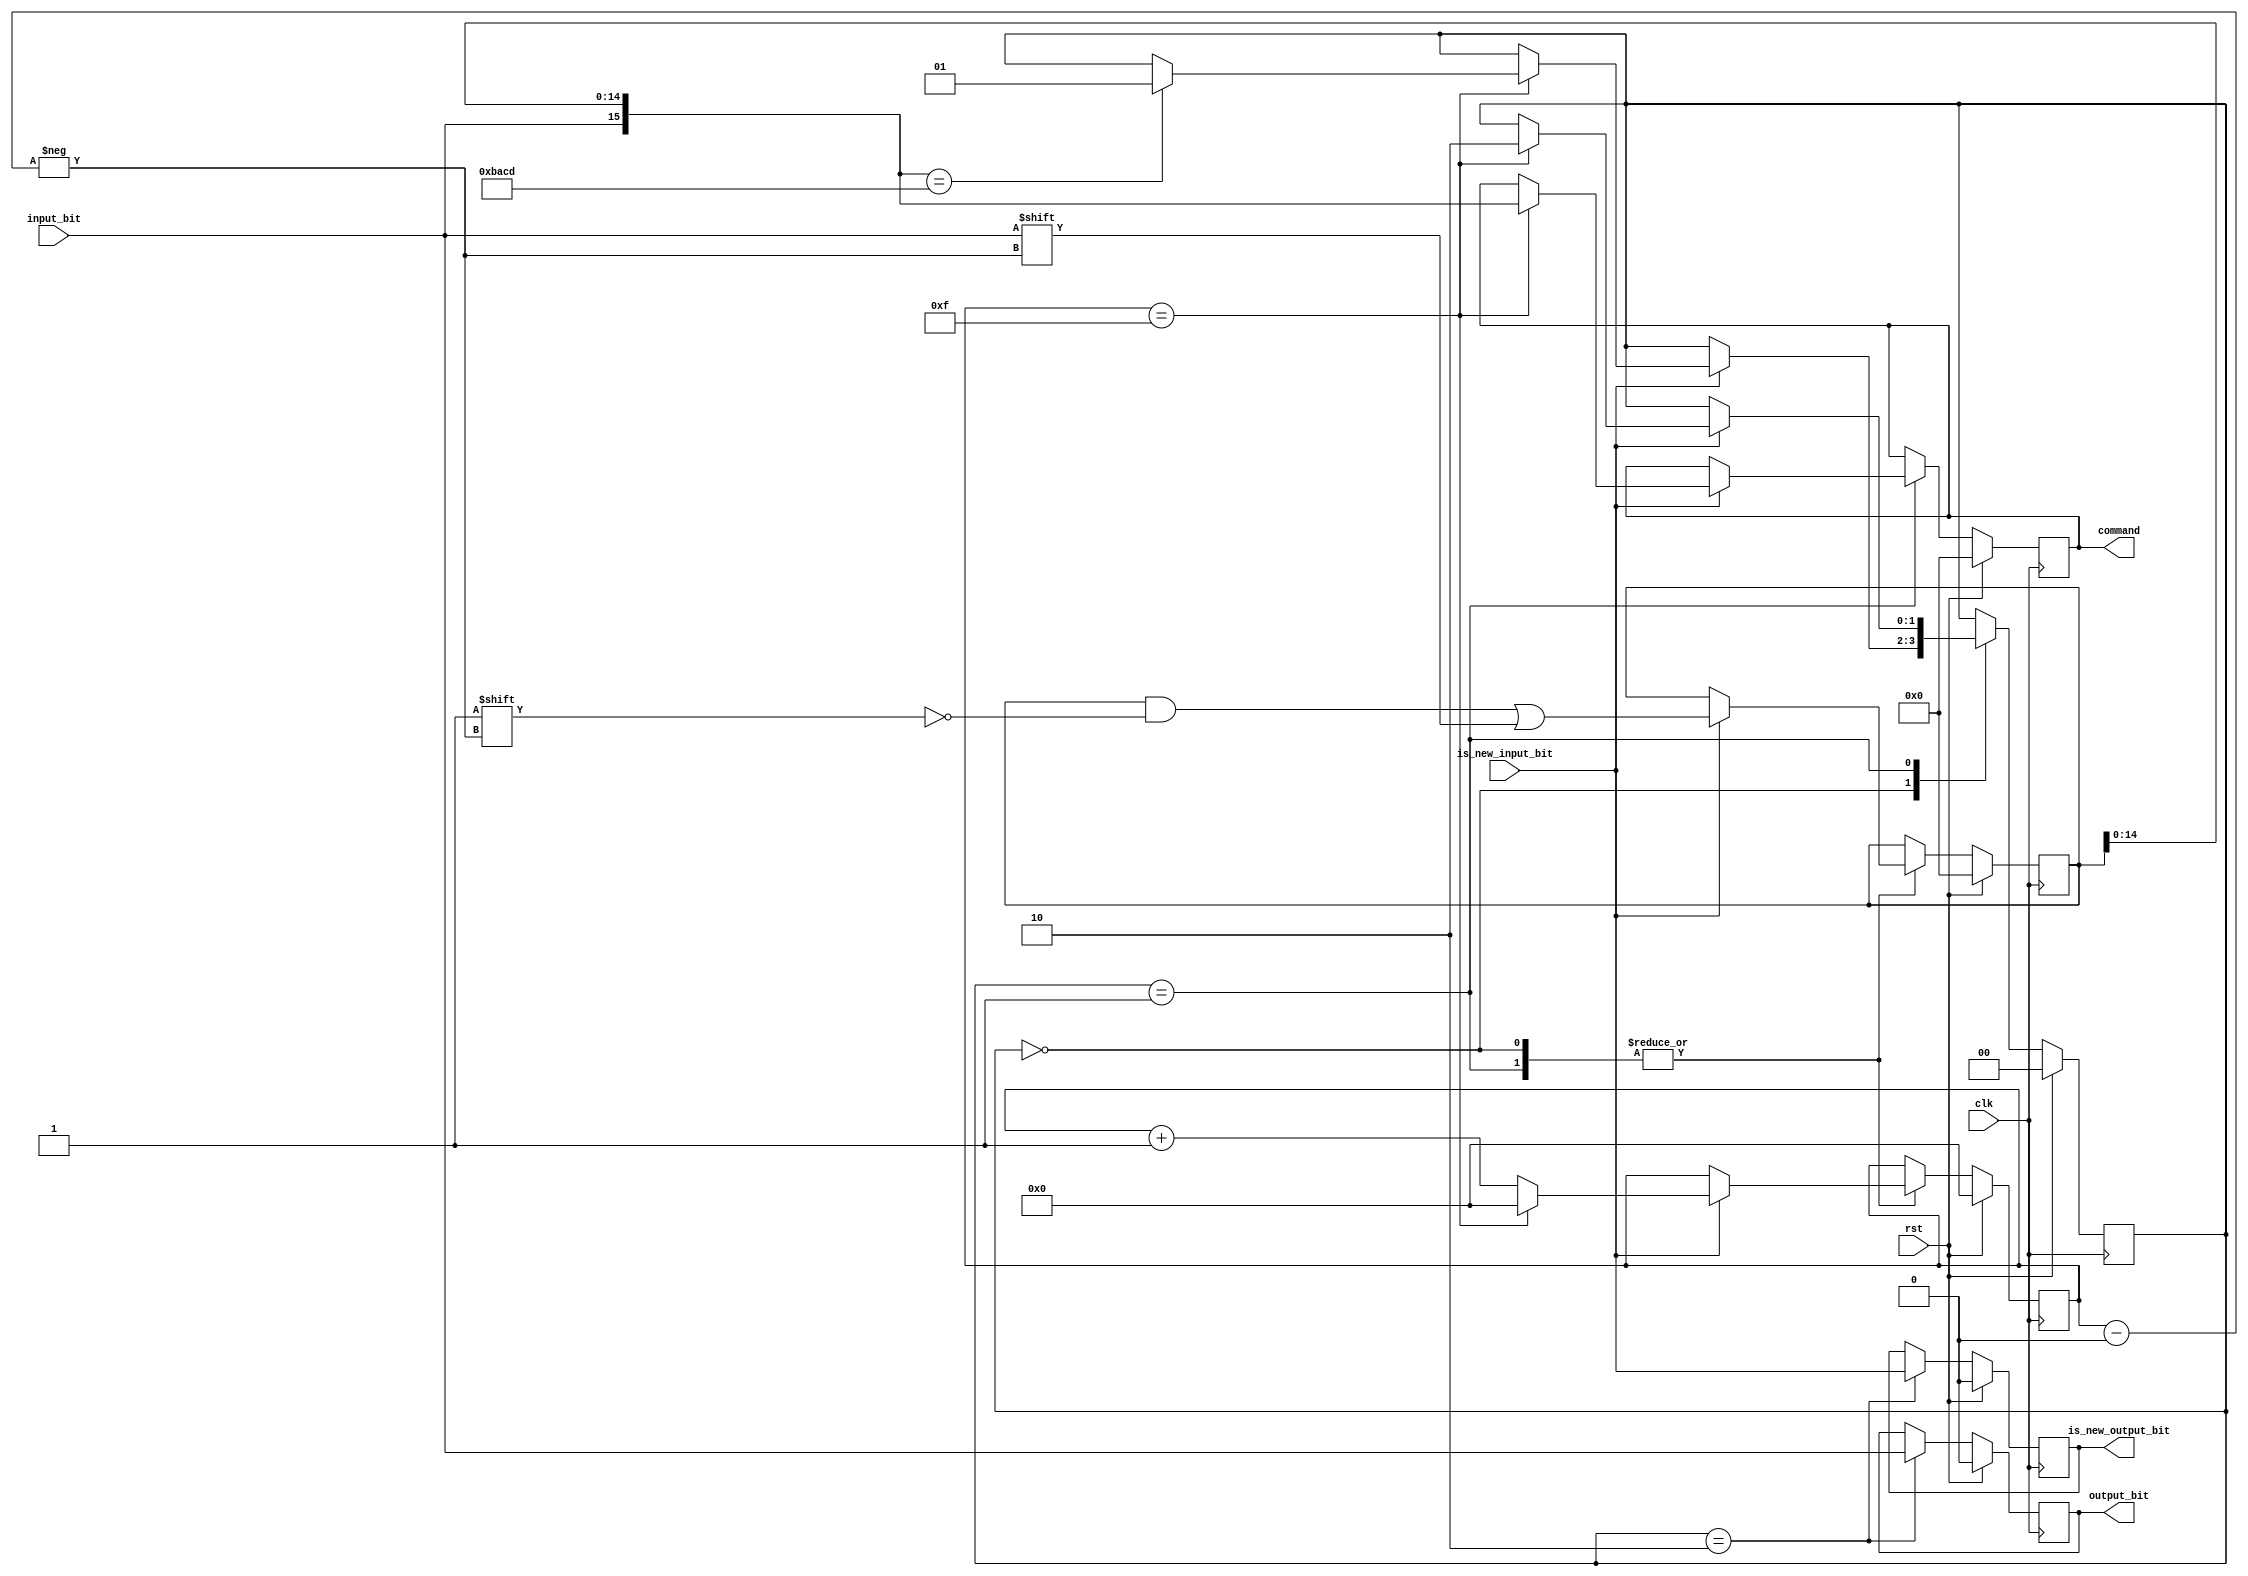
//////////////////////////////////////////////////////////////////////////////////
// Module Name: Packet_Parser
// Description: Detects commands for the system
//////////////////////////////////////////////////////////////////////////////////

`timescale 1ns / 1ps

module Packet_Parser
#(
    parameter COMMAND_WIDTH = 16
)(
    input clk, rst,
    input input_bit, is_new_input_bit,
    output reg output_bit, is_new_output_bit,
    output reg[COMMAND_WIDTH-1:0] command
);
    //Defines
    localparam COMMAND_INDEX_WIDTH = $rtoi($ceil($clog2(COMMAND_WIDTH)));
    localparam HEADER = 16'hBACD;

    //States
    localparam DECODE_HEADER = 0;
    localparam DECODE_COMMAND = 1;
    localparam DECODE_IMAGE = 2;
    
    reg[1:0] state;
    reg[COMMAND_WIDTH-1:0] data_reg;
    reg[COMMAND_INDEX_WIDTH-1:0] data_reg_index;
    
    always @(posedge clk) begin
        if(rst) begin
            output_bit <= 1'b0;
            is_new_output_bit <= 1'b0;
            command <= {COMMAND_WIDTH{1'b0}};
            state <= 2'b0;
            data_reg <= {COMMAND_WIDTH{1'b0}};
            data_reg_index <= {COMMAND_INDEX_WIDTH{1'b0}};
        end else begin
            case(state)
                DECODE_HEADER: begin
                    if(is_new_input_bit)begin
                        data_reg[data_reg_index] <= input_bit;
                    
                        if(data_reg_index == COMMAND_WIDTH-1) begin
                            data_reg_index <= {COMMAND_INDEX_WIDTH{1'b0}};
                            if({input_bit, data_reg[COMMAND_WIDTH-2:0]} == HEADER) begin
                                state <= DECODE_COMMAND;
                            end
                        end else begin
                            data_reg_index <= data_reg_index + 1;
                        end
                    end
                end
                DECODE_COMMAND: begin
                    if(is_new_input_bit) begin
                        data_reg[data_reg_index] <= input_bit;
                    
                        if(data_reg_index == COMMAND_WIDTH-1) begin
                            data_reg_index <= {COMMAND_INDEX_WIDTH{1'b0}};
                            command <= {input_bit, data_reg[COMMAND_WIDTH-2:0]};
                            state <= DECODE_IMAGE;
                        end else begin
                            data_reg_index <= data_reg_index + 1;
                        end
                    end
                end
                DECODE_IMAGE: begin
                    output_bit <= input_bit;
                    is_new_output_bit <= is_new_input_bit;
                end
            endcase
        end
    end

endmodule